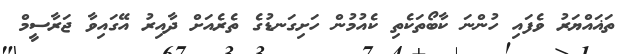
ތަޣައްޔަރު ވެފައި ހުންނަ ކާބޯތަކެތި ކެއުމުން ހަށިގަނޑުގެ ތެރެއަށް ދާއިރު އޭގައިވާ ޖަރާސީމް